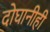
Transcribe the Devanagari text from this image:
दोघानीही